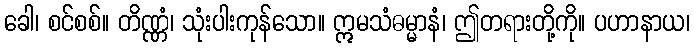
ခေါ၊ စင်စစ်။ တိဏ္ဏံ၊ သုံးပါးကုန်သော။ ဣမသံဓမ္မာနံ၊ ဤတရားတို့ကို။ ပဟာနာယ၊